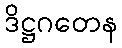
ဒိဋ္ဌဂတေန